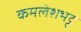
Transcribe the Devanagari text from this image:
कमलेशभट्ट